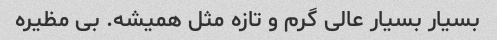
بسیار بسیار عالی گرم و تازه مثل همیشه. بی مظیره